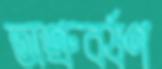
অশ্রুবর্ষণ